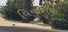
વિનાશના